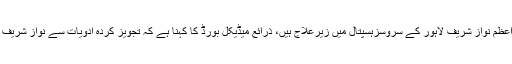
تفصیلات کے مطابق سابق وزیراعظم نواز شریف لاہور کے سروسزہسپتال میں زیرعلاج ہیں، ذرائع میڈیکل بورڈ کا کہنا ہے کہ تجویز کردہ ادویات سے نواز شریف کی طبیعت میں بہتری آرہی ہے۔